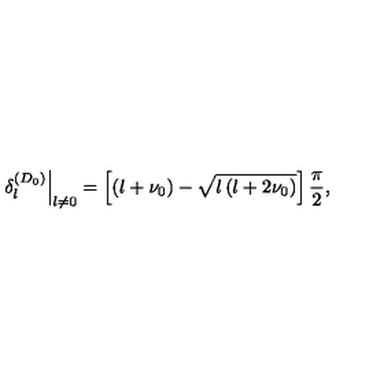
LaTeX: \left. \delta _ { l } ^ { ( D _ { 0 } ) } \right| _ { l \neq 0 } = \left[ \left( l + \nu _ { 0 } \right) - \sqrt { l \left( l + 2 \nu _ { 0 } \right) } \right] \frac { \pi } { 2 } ,